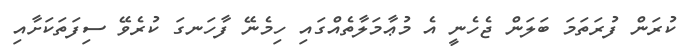
ކުރަން ފުރަތަމަ ބަލަން ޖެހެނީ އެ މުޢާމަލާތެއްގައި ހިމެނޭ ފާހަނގަ ކުރެވޭ ސިފަތަކަށާއި